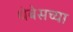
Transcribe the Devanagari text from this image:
थेबेसच्या